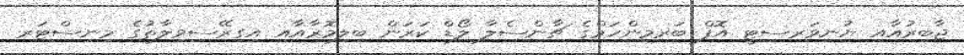
ޖާބިރުއާއި ޔުނިވަރސިޓީ އޮފް ބަރމިންހަމްގެ ޗާންސެލާ ލޯޑް ކަރަން ބިލިމޮރާއާއި އިގިރޭސިވިލާތުގެ މިނިސްޓަރ